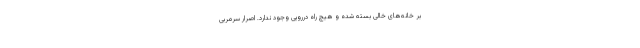
بر خانه‌های خالی بسته شده و هیچ راه دررویی وجود ندارد. اصرار سرمربی